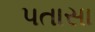
પતાસા